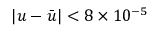
\left| u - { \bar { u } } \right| < 8 \times 1 0 ^ { - 5 }